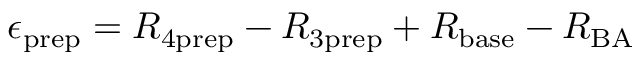
\epsilon _ { \mathrm { p r e p } } = R _ { 4 \mathrm { p r e p } } - R _ { 3 \mathrm { p r e p } } + R _ { \mathrm { b a s e } } - R _ { \mathrm { B A } }